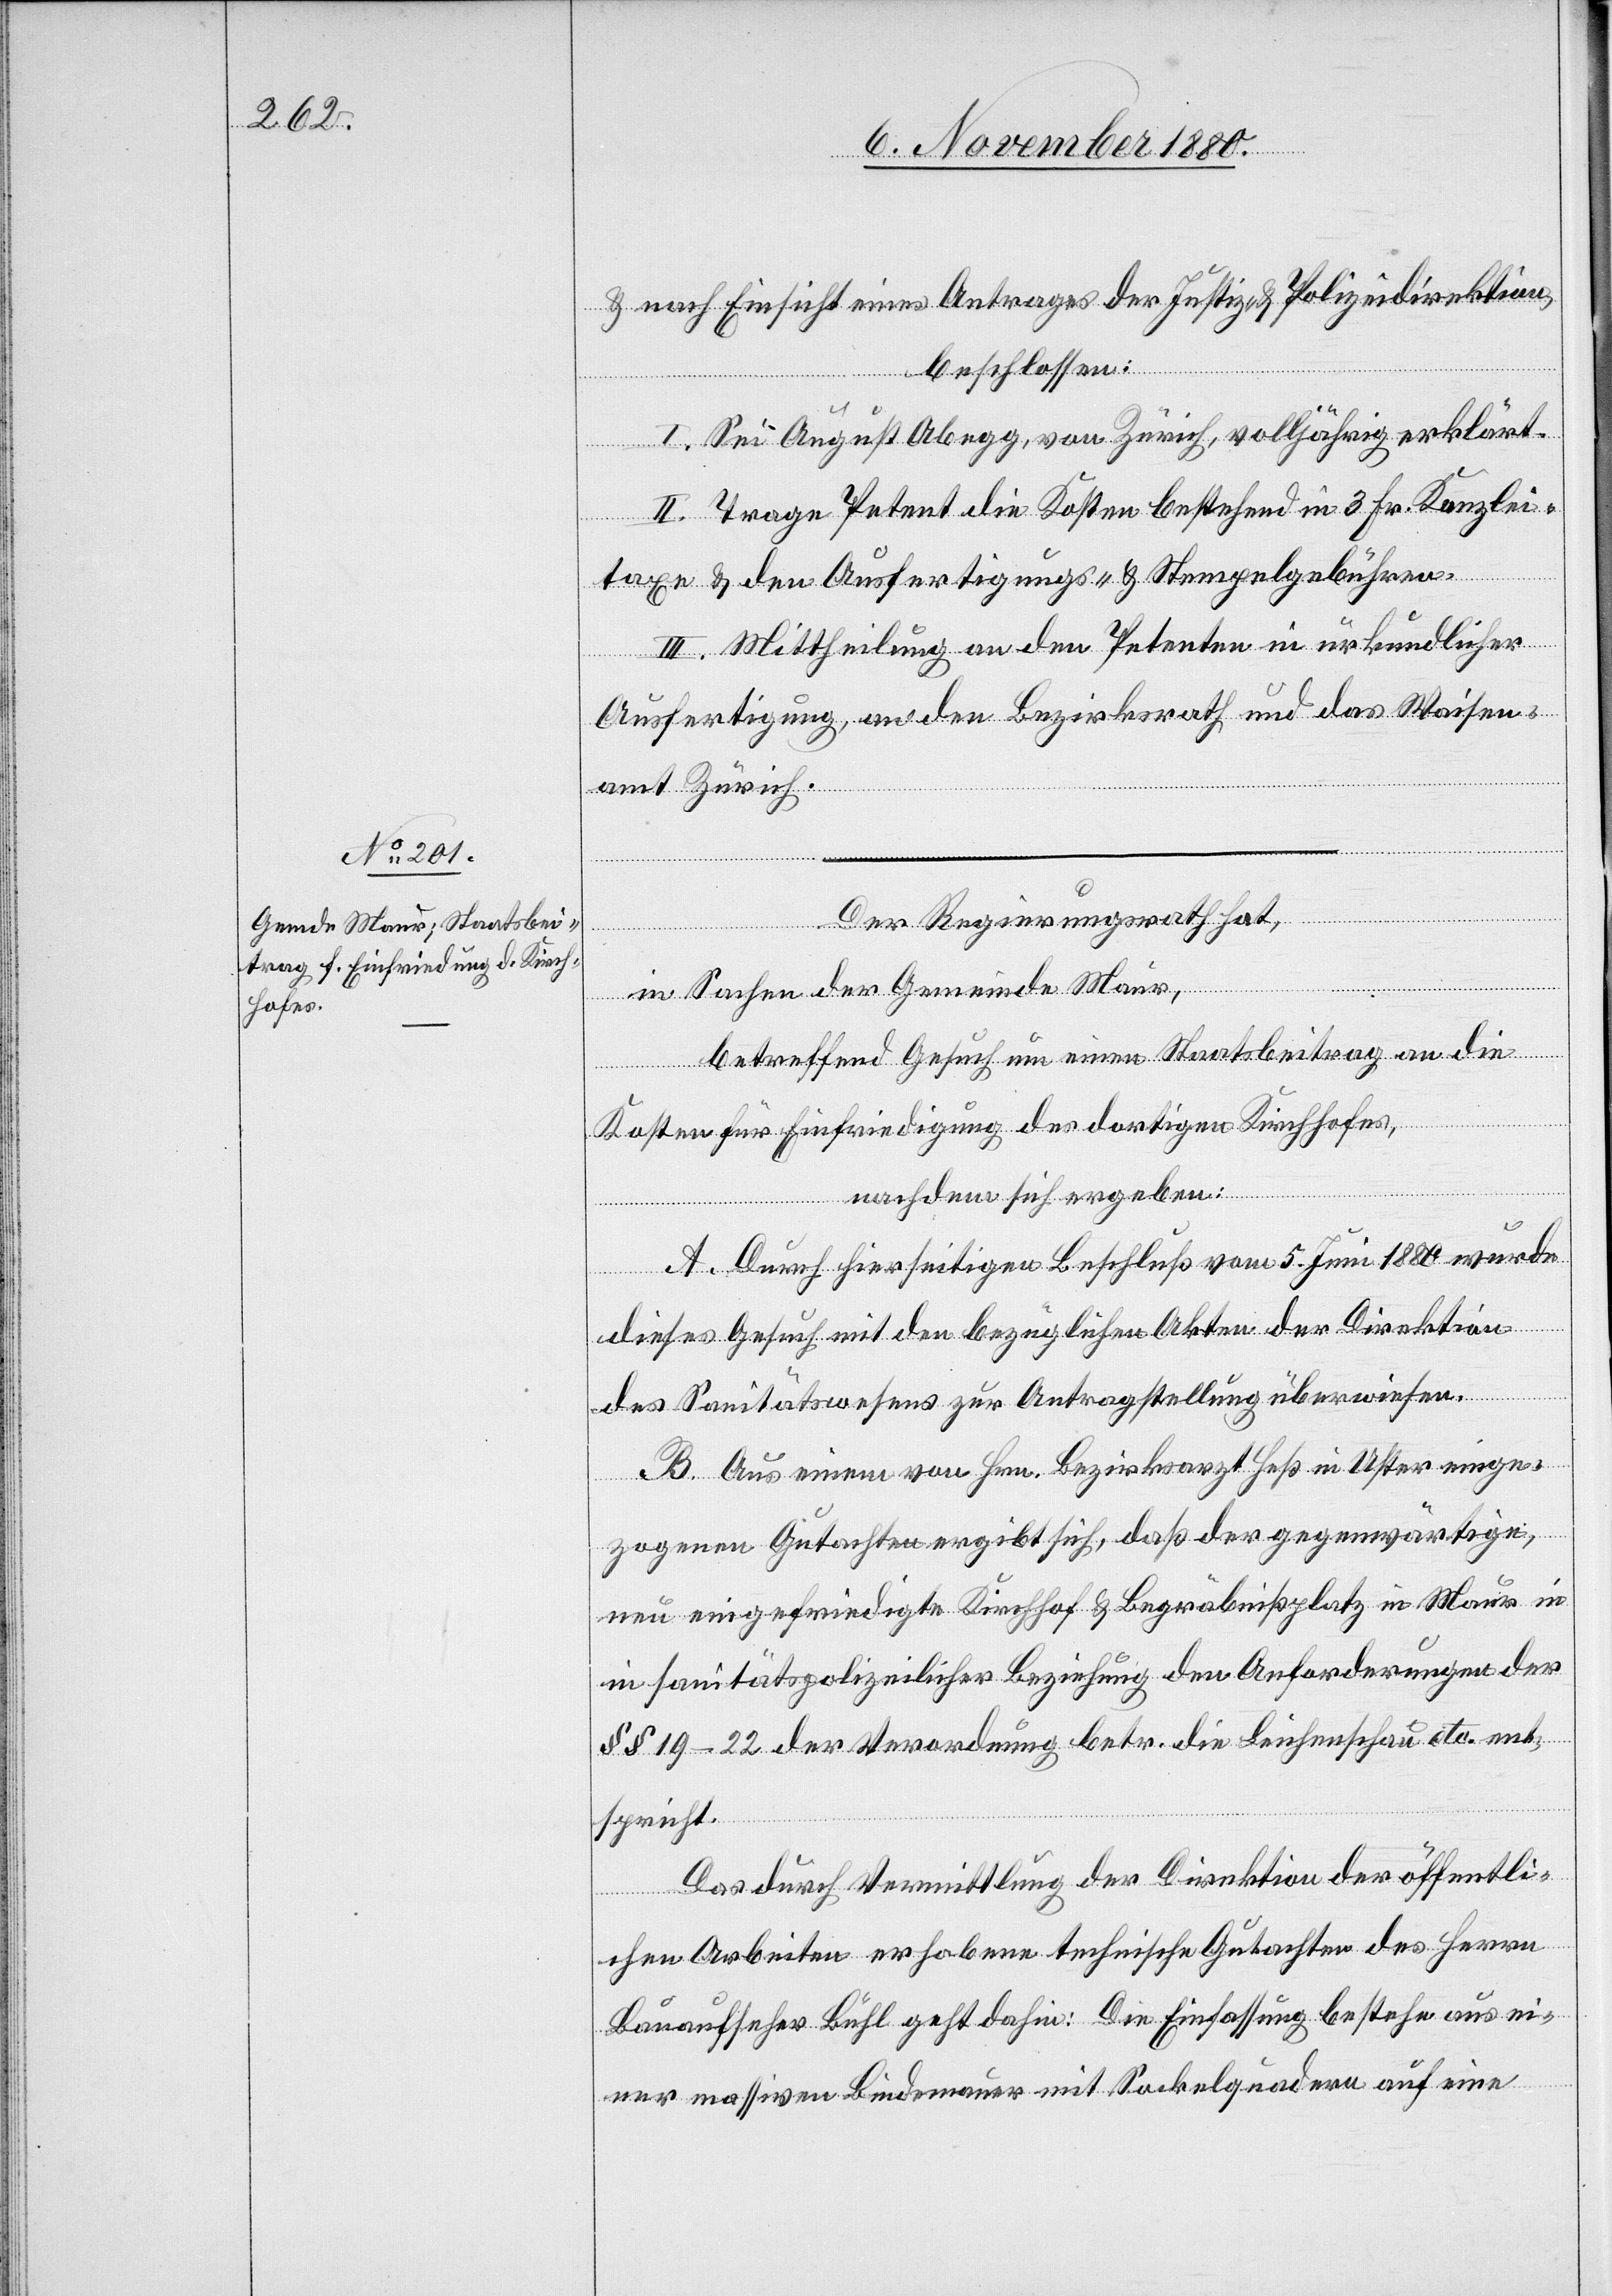
& nach Einsicht eines Antrages der Justiz- & Polizeidirektion,
beschlossen:
I. Sei August Abegg, von Zürich, volljährig erklärt.
II. Trage Petent die Kosten bestehend in 3 Fr. Kanzlei¬
taxe & den Ausfertigungs- & Stempelgebühren.
III. Mittheilung an den Petenten in urkundlicher
Ausfertigung an den Bezirksrath und das Waisen¬
amt Zürich.
Der Regierungsrath hat,
in
in Sachen der Gemeinde Maur,
betreffend Gesuch um einen Staatsbeitrag an die
Kosten für die Einfriedung des dortigen Kirchhofes,
nachdem sich ergeben:
A. Durch hierseitigen Beschluß vom 5. Juni 1880 wurde
dieses Gesuch mit den bezüglichen Akten der Direktion
des Sanitätswesens zur Antragstellung überwiesen.
B. Aus einem von Hrn. Bezirksrath Heß in Uster einge¬
zogenen Gutachten ergibt sich, daß der gegenwärtige,
neu eingefriedigte Kirchhof & Begräbnißplatz in Maur in
sanitätspolizeilicher Beziehung den Anforderungen der
§§ 19–22 der Verordnung betr. die Leichenschau etc. ent¬
spricht.
Das durch Vermittlung der Direktion der öffentli¬
chen Arbeiten erhobene technische Gutachten des Herrn
Bauaufseher Bühl geht dahin: Die Einfassung bestehe aus ei¬
ner massiven Bindemauer mit Sockelquadern auf eine